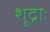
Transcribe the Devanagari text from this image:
शूद्राः